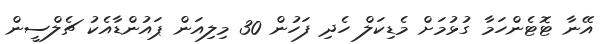
އޭނާ ޓޮޓެންހަމާ ގުޅުމަށް މެޑިކަލް ހެދި ފަހުން 30 މިލިއަން ޕައުންޑާއެކު ޗެލްސީން